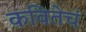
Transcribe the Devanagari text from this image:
कवितेचं